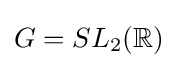
G=SL_{2}(\mathbb {R} )